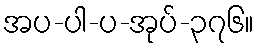
အပ-ပါ-ပ-အုပ်-၃၇၆။